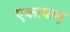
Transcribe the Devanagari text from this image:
एकाषाम्